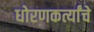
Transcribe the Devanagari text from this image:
धोरणकर्त्यांचे